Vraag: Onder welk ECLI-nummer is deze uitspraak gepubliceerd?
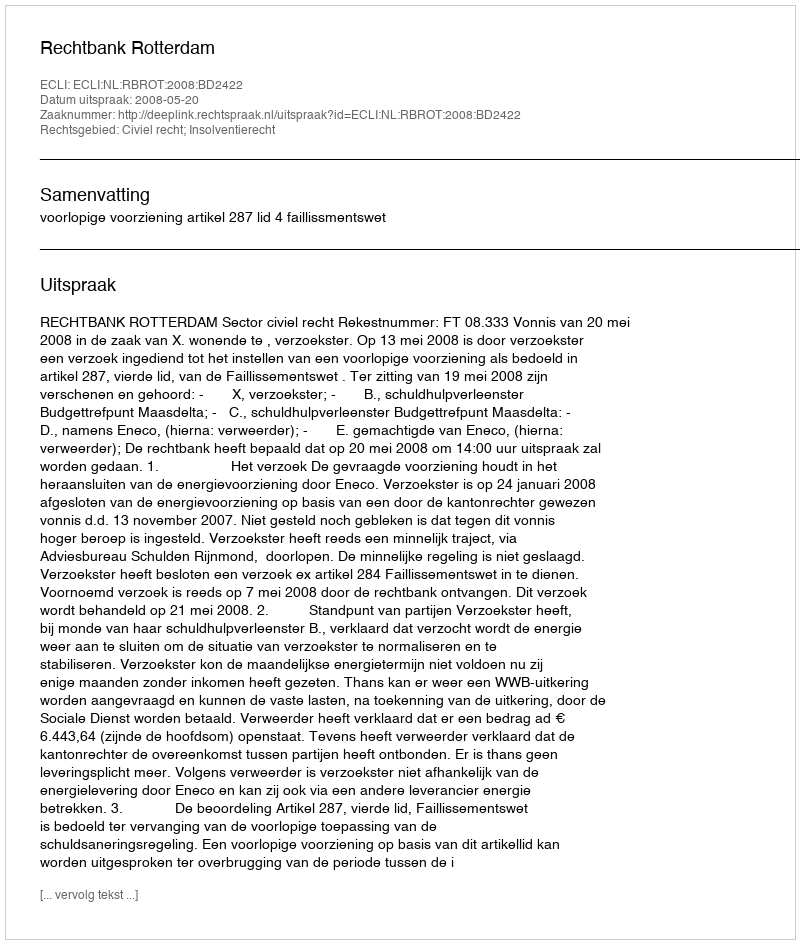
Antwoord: ECLI:NL:RBROT:2008:BD2422